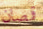
قمصان